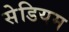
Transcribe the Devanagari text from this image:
सेडियम